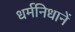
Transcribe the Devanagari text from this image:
धर्मनिधानें